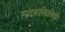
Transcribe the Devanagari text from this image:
स्पंदकारिकाविवृत्ति